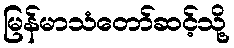
မြန်မာသံတော်ဆင့်သို့